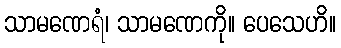
သာမဏေရံ၊ သာမဏေကို။ ပေသေဟိ။